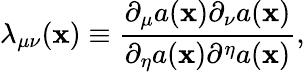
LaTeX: {\lambda}_{{\mu}{\nu}}(\mathbf{x})\equiv\frac{{{\partial}_{\mu}a(\mathbf{x}){\partial}_{\nu}a(\mathbf{x})}}{{{\partial}_{\eta}a(\mathbf{x}){\partial}^{\eta}a(\mathbf{x})}},